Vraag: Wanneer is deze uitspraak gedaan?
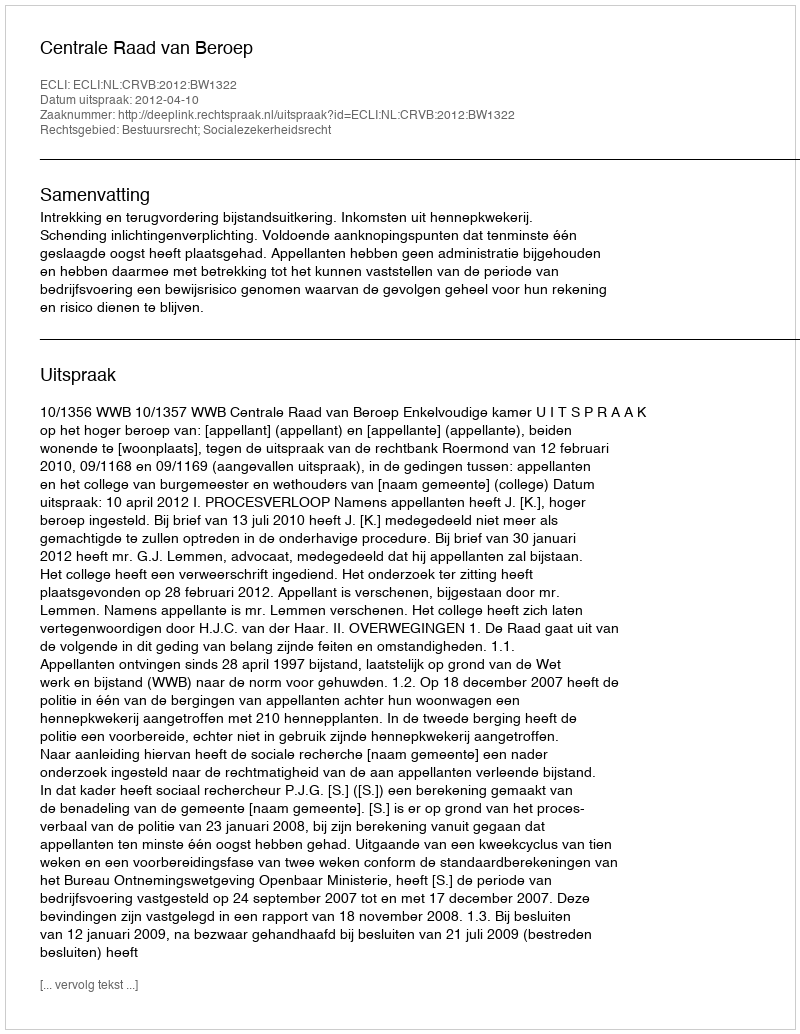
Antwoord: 2012-04-10